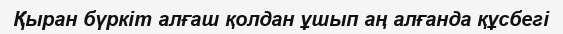
Қыран бүркіт алғаш қолдан ұшып аң алғанда құсбегі